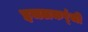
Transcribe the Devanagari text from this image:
इचलकर्ंजी